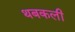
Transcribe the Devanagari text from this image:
थबकली